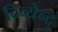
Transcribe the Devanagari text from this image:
दिव्येन्दु